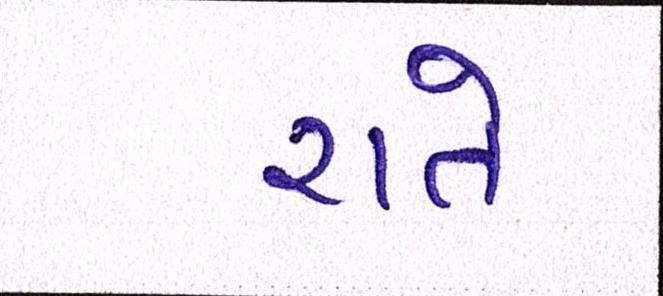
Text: રાતે